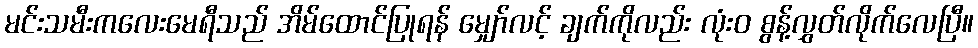
မင်းသမီးကလေးမေရီသည် အိမ်ထောင်ပြုရန် မျှော်လင့် ချက်ကိုလည်း လုံးဝ စွန့်လွှတ်လိုက်လေပြီ။